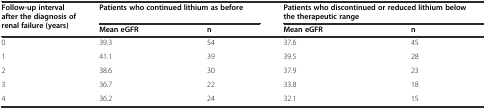
<table><thead><tr><td rowspan="2"><b>Follow-up interval after the diagnosis of renal failure (years)</b></td><td colspan="2"><b>Patients who continued lithium as before</b></td><td colspan="2"><b>Patients who discontinued or reduced lithium below the therapeutic range</b></td></tr><tr><td><b>Mean eGFR</b></td><td><b>n</b></td><td><b>Mean eGFR</b></td><td><b>n</b></td></tr></thead><tbody><tr><td>0</td><td>39.3</td><td>54</td><td>37.6</td><td>45</td></tr><tr><td>1</td><td>41.1</td><td>39</td><td>39.5</td><td>28</td></tr><tr><td>2</td><td>38.6</td><td>30</td><td>37.9</td><td>23</td></tr><tr><td>3</td><td>36.7</td><td>22</td><td>33.8</td><td>18</td></tr><tr><td>4</td><td>36.2</td><td>24</td><td>32.1</td><td>15</td></tr></tbody></table>